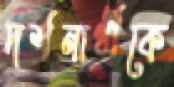
দর্শনার্থীকে